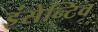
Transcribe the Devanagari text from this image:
इंसेन्टिव